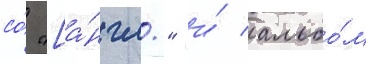
со́ "[а́нгл." и́ альбо́м